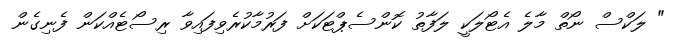
" ލަކްސް ނޯތް މާލެ އެޓޯލަކީ ލަފާތު ކޮންސެޕްޓަކަށް ފަރުމާކުރެވިފައިވާ ރިސޯޓެއްކަން ފެނިގެން